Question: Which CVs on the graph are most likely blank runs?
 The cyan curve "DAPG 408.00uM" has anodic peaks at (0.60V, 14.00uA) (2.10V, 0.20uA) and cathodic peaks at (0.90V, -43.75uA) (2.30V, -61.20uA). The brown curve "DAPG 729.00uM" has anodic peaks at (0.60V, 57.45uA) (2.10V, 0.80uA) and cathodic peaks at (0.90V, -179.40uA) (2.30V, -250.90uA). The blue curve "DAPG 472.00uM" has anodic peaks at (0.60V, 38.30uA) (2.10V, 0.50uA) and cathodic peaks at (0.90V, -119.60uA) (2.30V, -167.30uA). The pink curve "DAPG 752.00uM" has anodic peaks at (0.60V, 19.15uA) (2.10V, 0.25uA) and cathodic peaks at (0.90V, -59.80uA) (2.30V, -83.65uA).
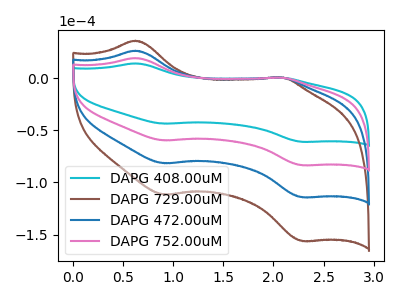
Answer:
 <answer>There are not any CV's on this graph that are likely to be blanks.</answer>
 <eval>none</eval>